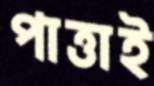
পাত্তাই